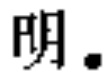
明.